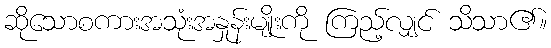
ဆိုသောစကားအသုံးအနှုန်းမျိုးကို ကြည့်လျှင် သိသာ၏။